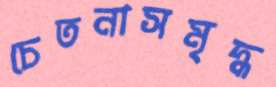
চেতনাসমৃদ্ধ